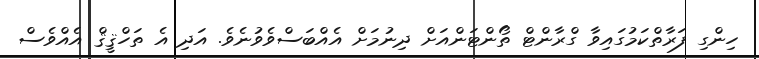
ހިންގި ފަރާތްކަމުގައިވާ ގްރާންޓް ތޯންޓަންއަށް ދިނުމަށް އެއްބަސްވެވުނެވެ. އަދި އެ ތަހްޤީޤް އެއްވެސް